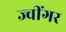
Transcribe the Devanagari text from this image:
ज्वींगर